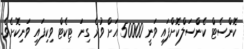
ކޮންސެޓް ކެންސަލްކޮށްފައި ވަނީ 50000 އަށް ވުރެ ގިނަ ޓިކެޓް ވިކިފައި ވަނިކޮށެވެ.